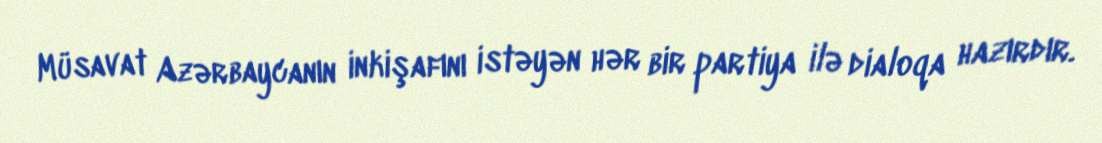
Müsavat Azərbaycanın inkişafını istəyən hər bir partiya ilə dialoqa hazırdır.